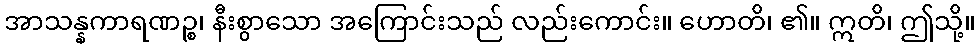
အာသန္နကာရဏဉ္စ၊ နီးစွာသော အကြောင်းသည် လည်းကောင်း။ ဟောတိ၊ ၏။ ဣတိ၊ ဤသို့။